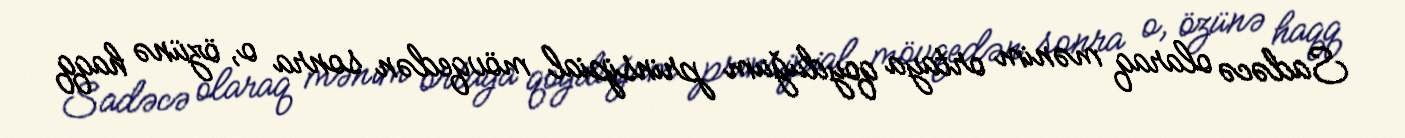
Sadəcə olaraq mənim ortaya qoyduğum prinsipial mövqedən sonra o, özünə haqq